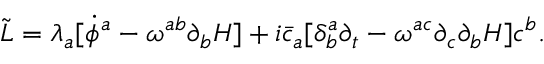
{ \widetilde { \cal L } } = \lambda _ { a } [ { \dot { \phi } } ^ { a } - \omega ^ { a b } \partial _ { b } H ] + i { \bar { c } } _ { a } [ \delta _ { b } ^ { a } \partial _ { t } - \omega ^ { a c } \partial _ { c } \partial _ { b } H ] c ^ { b } .